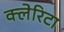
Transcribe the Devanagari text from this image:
क्लेरिटा